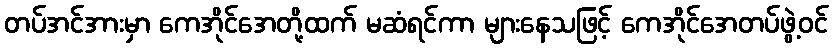
တပ်အင်အားမှာ ကေအိုင်အေတို့ထက် မဆံရင်ကာ များနေသဖြင့် ကေအိုင်အေတပ်ဖွဲ့ဝင်